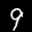
Label: 9